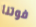
فوتنا